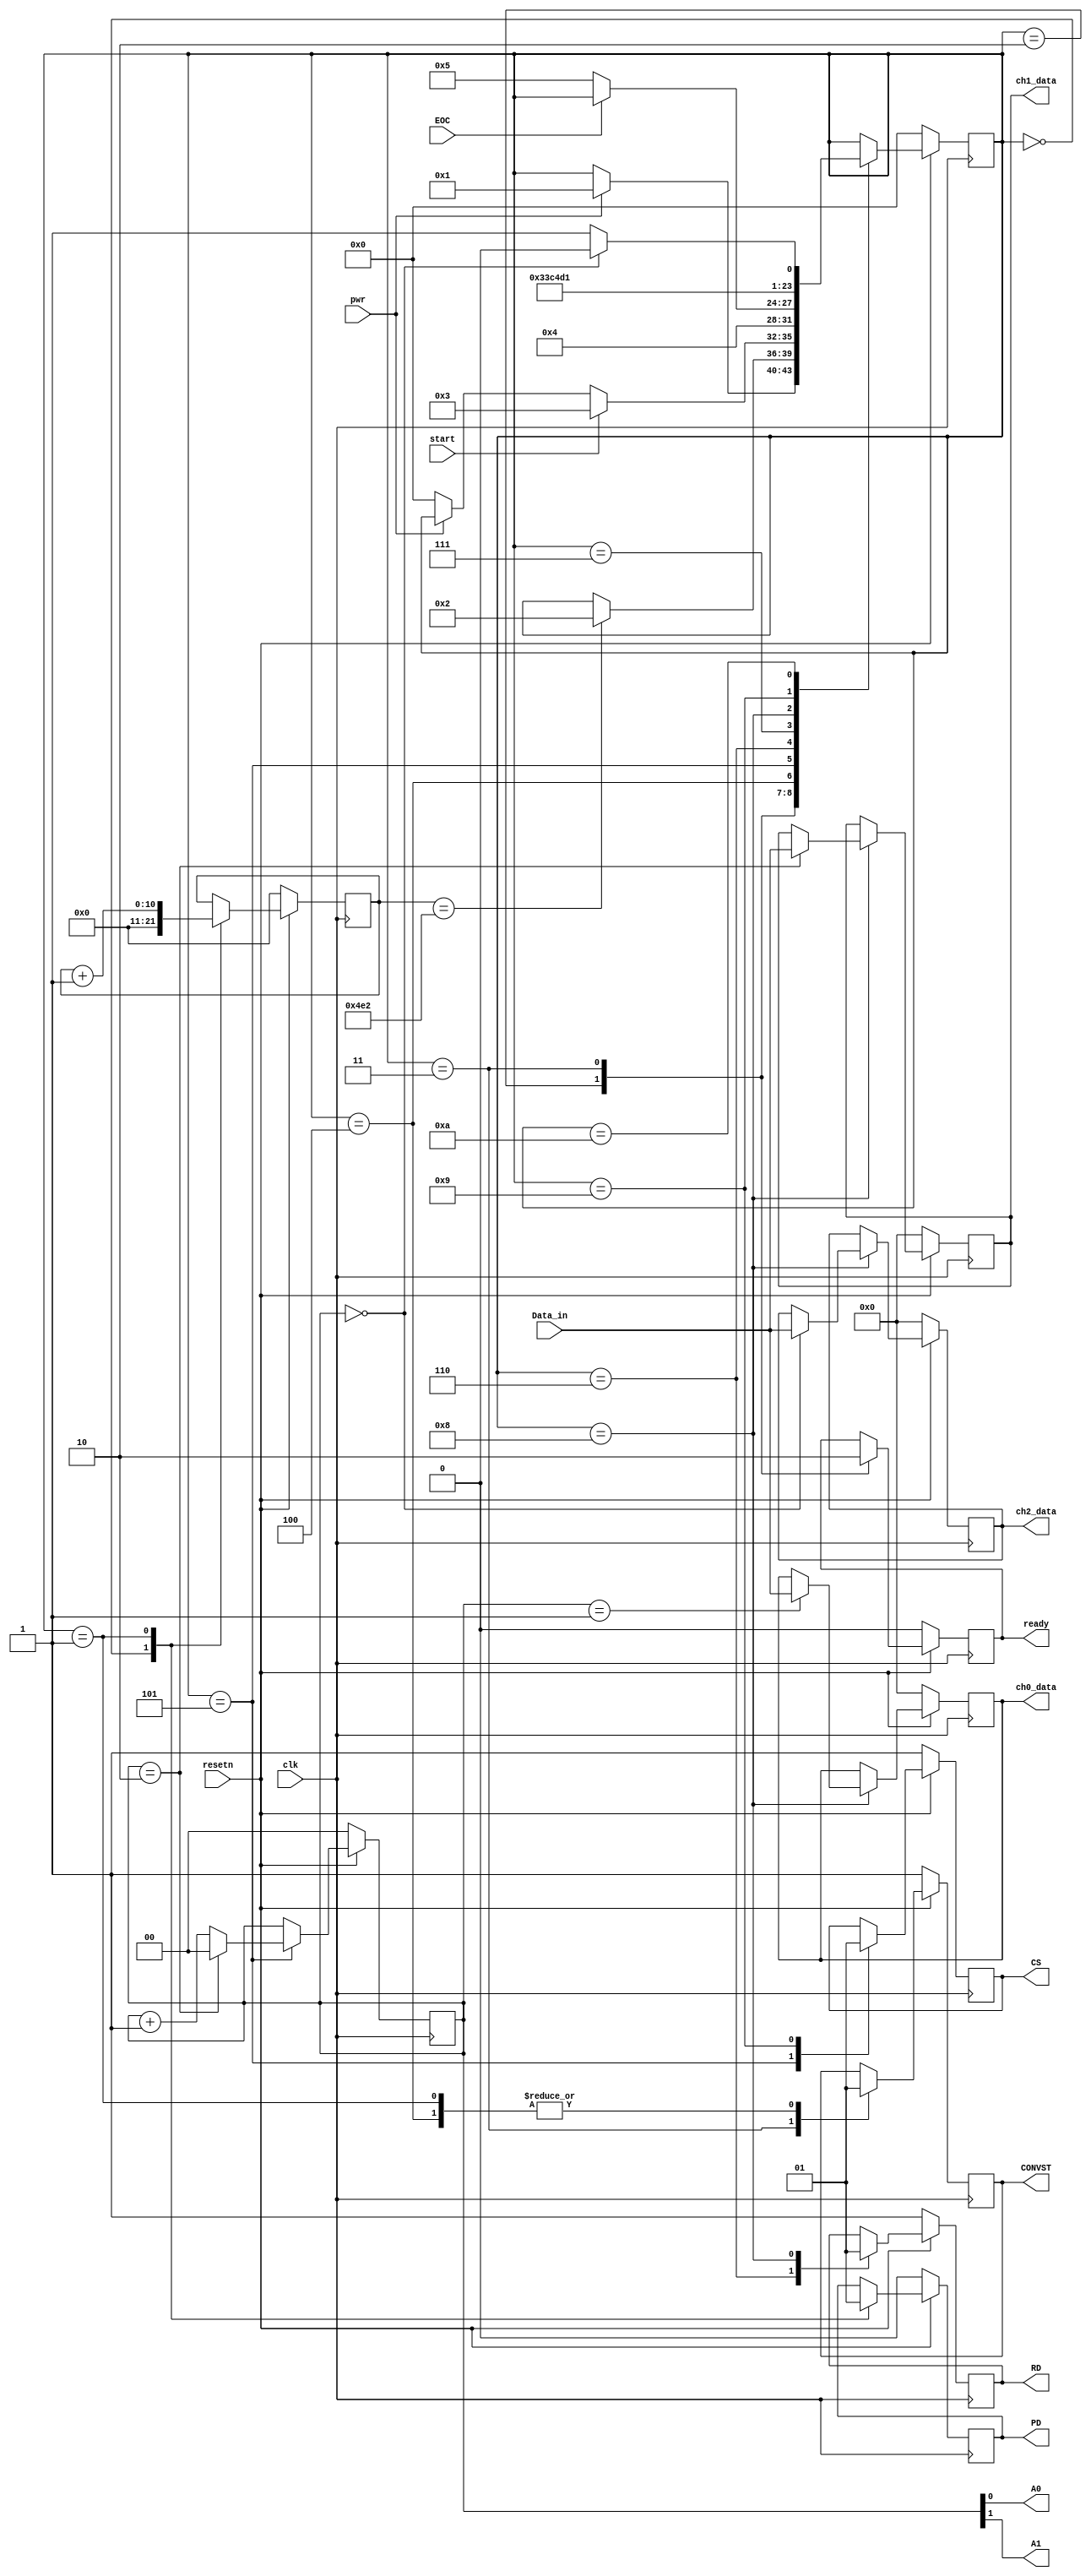

`timescale 1ns/1ps

module adc_read(clk, resetn, pwr, Data_in, EOC, start,
				A0, A1, CONVST, PD, RD, CS, ready,
				ch0_data, ch1_data, ch2_data);

input			clk, resetn;
input			pwr;
input	[7:0]	Data_in;
input			EOC;

input			start;

output			A0, A1;
output			CONVST;
output			PD;
output			RD, CS;

output			ready;
output	[7:0]	ch0_data, ch1_data, ch2_data;

reg				CONVST, next_CONVST;
reg				PD, next_PD;
reg				RD, next_RD, CS, next_CS;
reg		[10:0]	counter, next_counter;
reg		[3:0]	state, next_state;
reg				ready, next_ready;
reg		[1:0]	addr, next_addr;
reg		[7:0]	ch0_data, ch1_data, ch2_data;
reg		[7:0]	next_ch0_data, next_ch1_data, next_ch2_data;

parameter	CLK_FREQ = 50;			// cannot go faster than 50MHz
parameter	PD_DELAY = CLK_FREQ*25;	// 25 us for power up

assign A0 = addr[0];
assign A1 = addr[1];

`define SD #1

parameter OFF = 0;
parameter BOOT = 1;
parameter READY_TO_SAMPLE = 2;
parameter SAMPLING = 3;
parameter WAITING = 4;
parameter ADDR_INC = 5;
parameter PREPARE_READ = 6;
parameter PREPARE_READ1 = 7;
parameter READ = 8;
parameter DONE_READING = 9;
parameter CHECK_ADDR = 10;

always @ (posedge clk)
begin
	if (~resetn)
	begin
		CONVST	<= 1;
		PD		<= 0;	// turns off by default
		RD		<= 1;
		CS		<= 1;
		state	<= OFF;
		counter	<= 0;
		ready	<= 0;
		addr	<= 0;
		ch0_data<= 0;
		ch1_data<= 0;
		ch2_data<= 0;
	end
	else
	begin
		CONVST	<= `SD next_CONVST;
		PD		<= `SD next_PD;
		RD		<= `SD next_RD;
		CS		<= `SD next_CS;
		state	<= `SD next_state;
		counter	<= `SD next_counter;
		ready	<= `SD next_ready;
		addr	<= `SD next_addr;
		ch0_data<= `SD next_ch0_data;
		ch1_data<= `SD next_ch1_data;
		ch2_data<= `SD next_ch2_data;
	end
end

always @ *
begin
	next_CONVST = CONVST;
	next_PD = PD;
	next_RD = RD;
	next_CS = CS;
	next_state = state;
	next_counter = counter;
	next_ready = ready;
	next_addr = addr;
	next_ch0_data = ch0_data;
	next_ch1_data = ch1_data;
	next_ch2_data = ch2_data;

	case (state)
		OFF:
		begin
			next_counter = 0;
			next_PD = 0;
			if (pwr)
				next_state = BOOT;
		end

		BOOT:
		begin
			next_counter = counter + 1;
			next_PD = 1;
			next_CONVST = 1;
			if (counter==PD_DELAY)
				next_state = READY_TO_SAMPLE;
		end

		READY_TO_SAMPLE:
		begin
			next_ready = 1;
			if (start)
				next_state = SAMPLING;
			else if (~pwr)
				next_state = OFF;
		end

		SAMPLING:
		begin
			next_ready = 0;
			next_CONVST = 0;
			next_state = WAITING;
		end

		WAITING:
		begin
			next_CONVST = 1;
			if (~EOC)
				next_state = ADDR_INC;
		end

		ADDR_INC:
		begin
			next_CS = 0;
			if (addr==2)
				next_addr = 0;
			else
				next_addr = addr + 1;
			next_state = PREPARE_READ;
		end

		PREPARE_READ:
		begin
			next_RD = 0;
			next_state = PREPARE_READ1;
		end

		PREPARE_READ1:
		begin
			next_state = READ;
		end

		READ:
		begin
			next_RD = 1;
			case(addr)
				0: begin next_ch2_data = Data_in; end
				1: begin next_ch0_data = Data_in; end
				2: begin next_ch1_data = Data_in; end
			endcase
			next_state = DONE_READING;
		end

		DONE_READING:
		begin
			next_CS = 1;
			next_state = CHECK_ADDR;
		end

		CHECK_ADDR:
		begin
			if (addr==0)
				next_state = READY_TO_SAMPLE;
			else
				next_state = SAMPLING;
		end

	endcase
end

endmodule